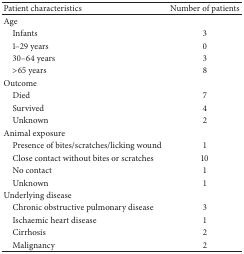
<table><thead><tr><td><b>Patient characteristics </b></td><td><b>Number of patients</b></td></tr></thead><tbody><tr><td>Age</td><td> </td></tr><tr><td> Infants</td><td>3</td></tr><tr><td> 1–29 years</td><td>0</td></tr><tr><td> 30–64 years</td><td>3</td></tr><tr><td> &gt;65 years</td><td>8</td></tr><tr><td>Outcome</td><td> </td></tr><tr><td> Died</td><td>7</td></tr><tr><td> Survived</td><td>4</td></tr><tr><td> Unknown</td><td>2</td></tr><tr><td>Animal exposure</td><td> </td></tr><tr><td> Presence of bites/scratches/licking wound</td><td>1</td></tr><tr><td> Close contact without bites or scratches</td><td>10</td></tr><tr><td> No contact</td><td>1</td></tr><tr><td> Unknown </td><td>1</td></tr><tr><td>Underlying disease</td><td> </td></tr><tr><td> Chronic obstructive pulmonary disease</td><td>3</td></tr><tr><td> Ischaemic heart disease</td><td>1</td></tr><tr><td> Cirrhosis</td><td>2</td></tr><tr><td> Malignancy </td><td>2</td></tr></tbody></table>